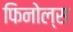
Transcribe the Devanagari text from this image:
फिनोल्स